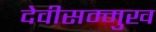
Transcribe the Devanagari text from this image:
देवीसम्मुख